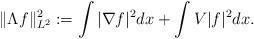
LaTeX: \begin{align*} \|\Lambda f\|^2_{L^2} := \int |\nabla f|^2 dx + \int V |f|^2 dx.\end{align*}